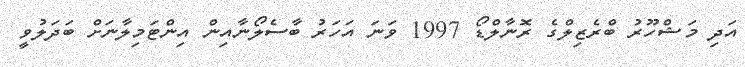
އަދި މަޝްހޫރު ބްރެޒިލްގެ ރޮނާލްޑޯ 1997 ވަނަ އަހަރު ބާސެލޯނާއިން އިންޓަމިލާނަށް ބަދަލުވީ